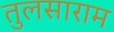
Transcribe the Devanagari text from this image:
तुलसाराम